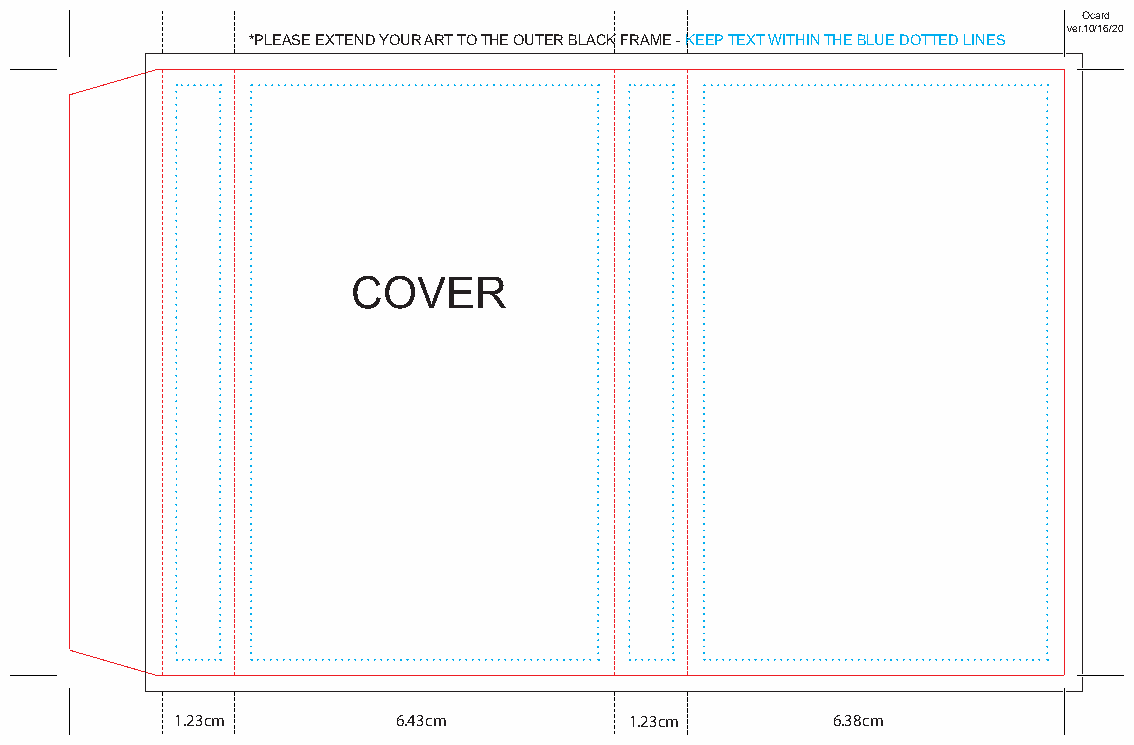
Ocard
 ver.10/16/20
 *PLEASE EXTEND YOUR ART TO THE OUTER BLACK FRAME - KEEP TEXT WITHIN THE BLUE DOTTED LINES
 COVER
 1.23cm        6.43cm          1.23cm       6.38cm